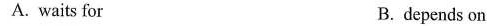
A. waits for B. depends on